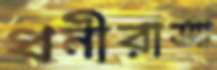
ধনীরাআ